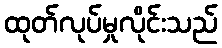
ထုတ်လုပ်မှုလိုင်းသည်